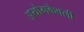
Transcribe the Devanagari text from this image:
अयोगकेवली